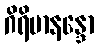
ဂိရိမာနန္ဒော